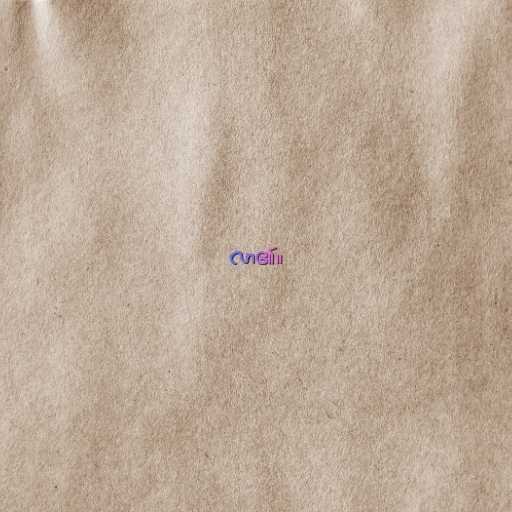
လာ၏။